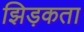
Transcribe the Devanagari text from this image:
झिड़कता